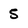
Character: 5